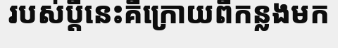
របស់ប្តីនេះគឺក្រោយពីកន្លងមក